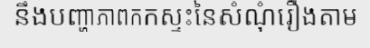
នឹងបញ្ហាភាពកកស្ទះនៃសំណុំរឿងតាម